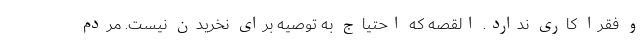
و فقرا کاری ندارد. القصه که احتیاج به توصیه برای نخریدن نیست. مردم